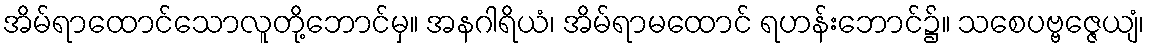
အိမ်ရာထောင်သောလူတို့ဘောင်မှ။ အနဂါရိယံ၊ အိမ်ရာမထောင် ရဟန်းဘောင်၌။ သစေပဗ္ဗဇ္ဇေယျံ၊